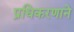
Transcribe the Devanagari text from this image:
प्रधिकरणाने